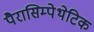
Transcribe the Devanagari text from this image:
पैरासिम्पेथेटिक